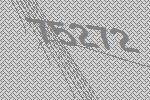
75272